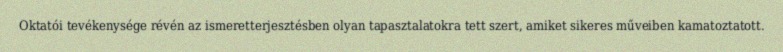
Oktatói tevékenysége révén az ismeretterjesztésben olyan tapasztalatokra tett szert, amiket sikeres műveiben kamatoztatott.